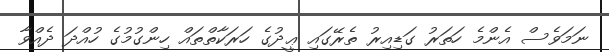
ނަމަވެސް އެންމެ ހަތަރު ގަޑިއިރު ތެރޭގައި ޢީދުގެ ހަރަކާތްތައް ހިންގުމުގެ ހުއްދަ ދެއްވާ